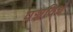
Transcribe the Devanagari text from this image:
पञ्चविधं